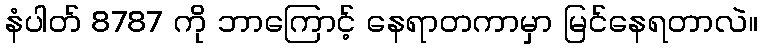
နံပါတ် 8787 ကို ဘာကြောင့် နေရာတကာမှာ မြင်နေရတာလဲ။